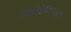
જમાલપરા